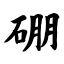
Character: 硼